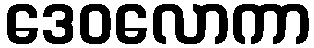
ဒေဝလောကာ